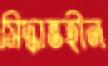
সিদ্ধান্তহীন